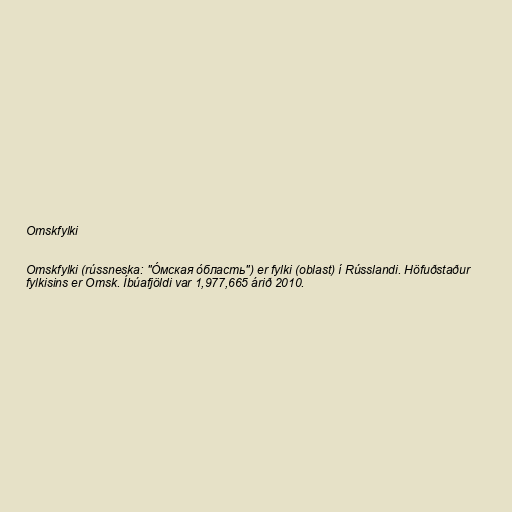
Omskfylki

Omskfylki (rússneska: "О́мская о́бласть") er fylki (oblast) í Rússlandi. Höfuðstaður
fylkisins er Omsk. Íbúafjöldi var 1,977,665 árið 2010.